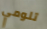
تلومي